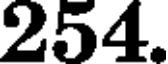
254.